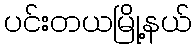
ပင်းတယမြို့နယ်